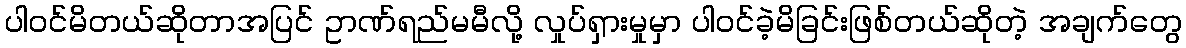
ပါဝင်မိတယ်ဆိုတာအပြင် ဥာဏ်ရည်မမီလို့ လှုပ်ရှားမှုမှာ ပါဝင်ခဲ့မိခြင်းဖြစ်တယ်ဆိုတဲ့ အချက်တွေ